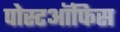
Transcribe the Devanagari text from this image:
पोस्टऑफिस